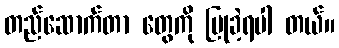
တည်ဆောက်တာ တွေကို ပြုခဲ့ရပါ တယ်။